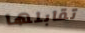
تقابلها